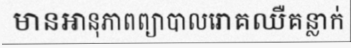
មានអានុភាពព្យាបាលរោគឈឺគន្លាក់